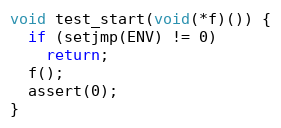
Language: C
void test_start(void(*f)()) {
  if (setjmp(ENV) != 0)
    return;
  f();
  assert(0);
}